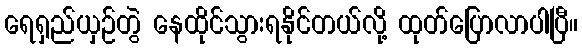
ရေရှည်ယှဉ်တွဲ နေထိုင်သွားရနိုင်တယ်လို့ ထုတ်ပြောလာပါပြီ။